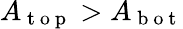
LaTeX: A_{\mathrm{~t~o~p~}}>A_{\mathrm{~b~o~t~}}